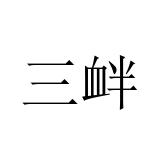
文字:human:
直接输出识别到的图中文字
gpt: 三衅